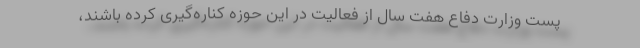
پست وزارت دفاع هفت سال از فعالیت در این حوزه کناره‌گیری کرده باشند،